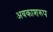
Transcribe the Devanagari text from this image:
अवकाशरुप